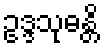
ဥဒ္ဒသုဓန္တိ